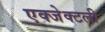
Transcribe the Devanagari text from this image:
एक्जेक्टली